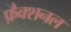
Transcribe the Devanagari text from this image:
फ़ैक्शनल